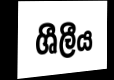
ශීලීය